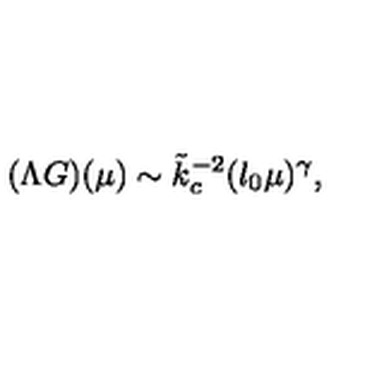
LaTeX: ( \Lambda G ) ( \mu ) \sim \tilde { k } _ { c } ^ { - 2 } ( l _ { 0 } \mu ) ^ { \gamma } ,